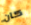
كان